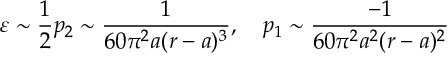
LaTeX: \varepsilon \sim \frac { 1 } { 2 } p _ { 2 } \sim \frac { 1 } { 6 0 \pi ^ { 2 } a ( r - a ) ^ { 3 } } , \quad p _ { 1 } \sim \frac { - 1 } { 6 0 \pi ^ { 2 } a ^ { 2 } ( r - a ) ^ { 2 } }